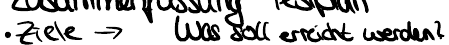
Ziele -> Was soll erreicht werden?